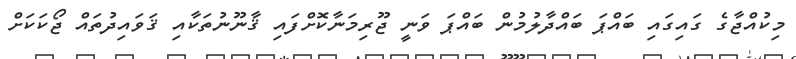
މިކުއްޖާގެ ގައިގައި ބައްޕަ ބައްދާލުމުން ބައްޕަ ވަނީ ޖޫރިމަނާކޮށްފައި ޤާނޫނުތަކާއި ޤަވައިދުތައް ޖޯކަކަށް